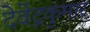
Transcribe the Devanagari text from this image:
देवेंद्रकुमार